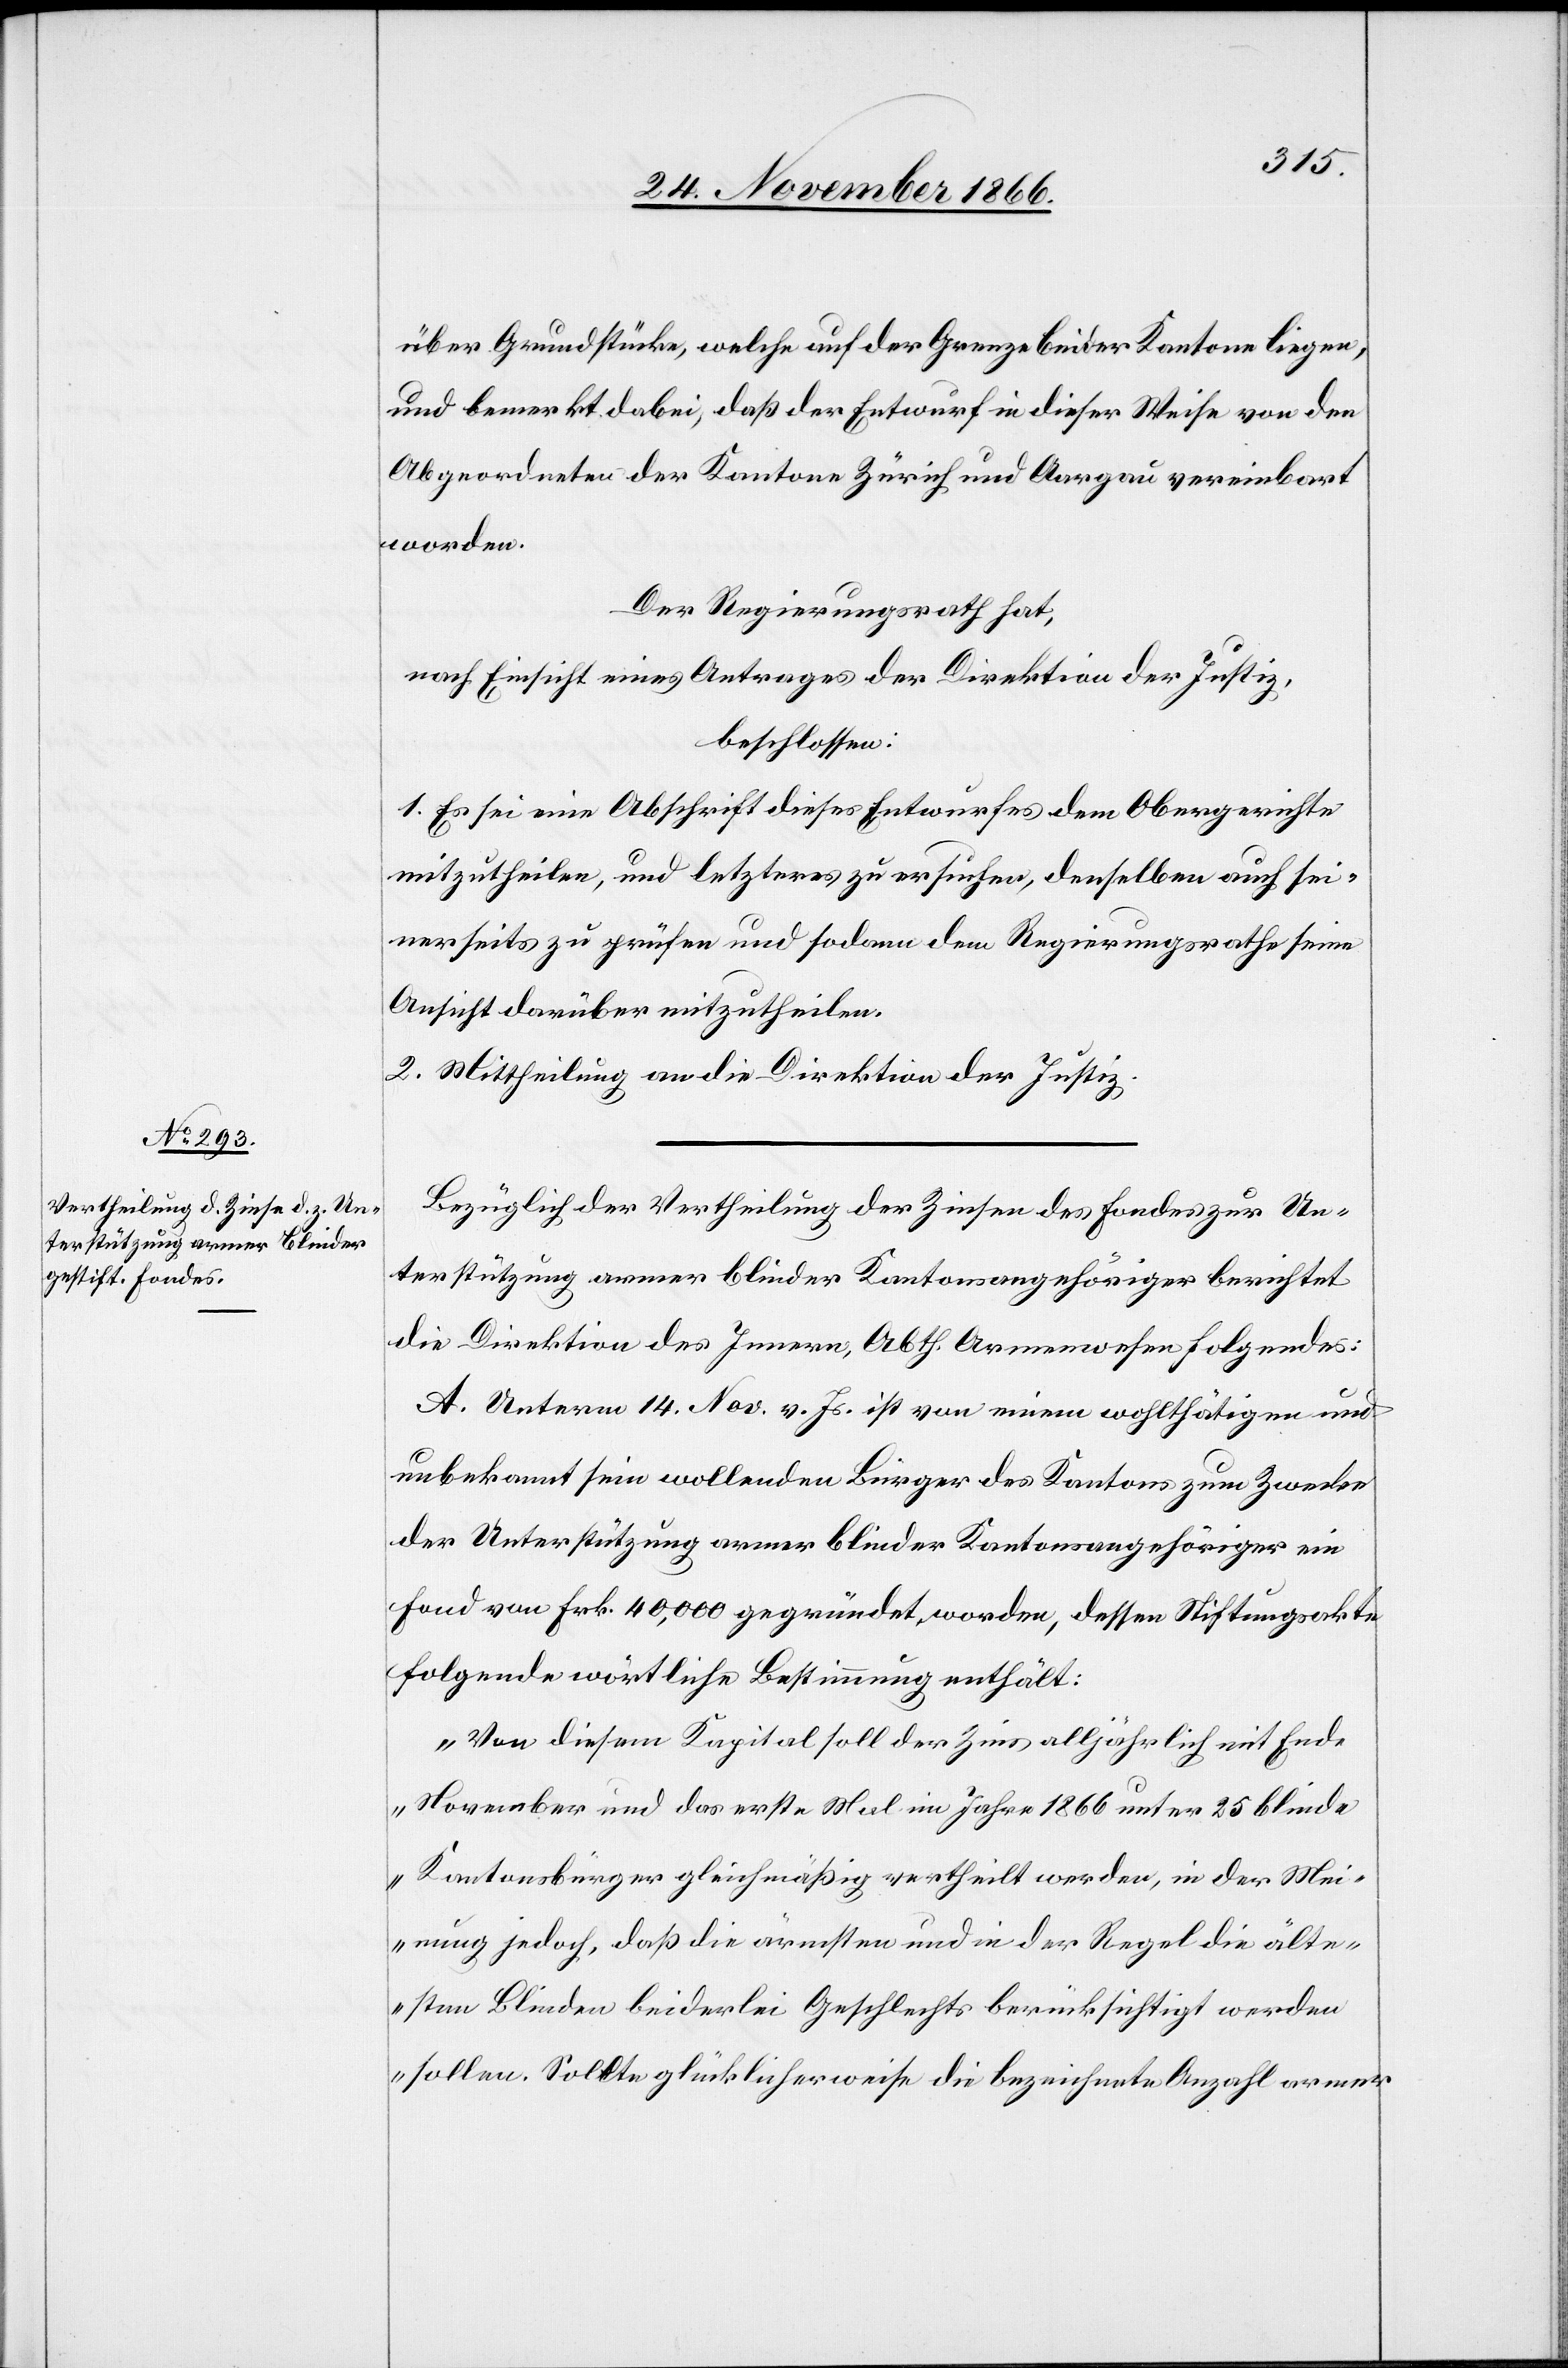
über Grundstücke, welche auf der Grenze beider Kantone liegen,
und bemerkt dabei, daß der Entwurf in dieser Weise von den
Abgeordneten der Kantone Zürich und Aargau vereinbart
worden.
Der Regierungsrath hat,
nach Einsicht eines Antrages der Direktion der Justiz,
beschlossen:
1. Es sei eine Abschrift dieses Entwurfes dem Obergerichte
mitzutheilen, und letzteres zu ersuchen, denselben auch sei¬
nerseits zu prüfen und sodann dem Regierungsrathe seine
Ansicht darüber mitzutheilen.
2. Mittheilung an die Direktion der Justiz.
Bezüglich der Vertheilung der Zinsen des Fondes zur Un¬
terstützung armer blinder Kantonsangehöriger berichtet
die Direktion des Innern, Abth. Armenwesen folgendes:
A. Unterm 14. Nov. v. Js. ist von einem wohlthätigen und
unbekannt sein wollenden Bürger des Kantons zum Zwecke
der Unterstützung armer blinder Kantonsangehöriger ein
Fond von Frk. 40 000 gegründet worden, dessen Stiftungsakte
folgende wörtliche Bestimmung enthält:
„Von diesem Kapital soll der Zins alljährlich mit Ende
November und das erste Mal im Jahre 1866 unter 25 blinde
Kantonsbürger gleichmäßig vertheilt werden, in der Mei¬
nung jedoch, daß die ärmsten und in der Regel die älte¬
sten Blinden beiderlei Geschlechts berücksichtigt werden
sollen. Sollte glücklicherweise die bezeichnete Anzahl armer